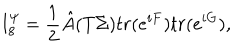
I _ { 8 } ^ { \psi } = { \frac { 1 } { 2 } } { \hat { A } } ( T \Sigma ) t r ( e ^ { i F } ) t r ( e ^ { i G } ) ,